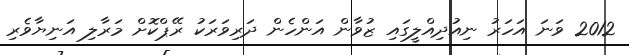
2012 ވަނަ އަހަރު ނިއުދިއްލީގައި ޒުވާން އަންހެން ދަރިވަރަކު ރޭޕްކޮށް މަރާލި އަނިޔާވެރި